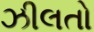
ઝીલતો